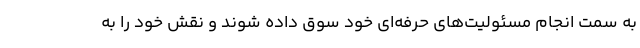
به سمت انجام مسئولیت‌های حرفه‌ای خود سوق داده شوند و نقش خود را به